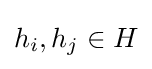
h_{i},h_{j}\in H